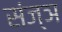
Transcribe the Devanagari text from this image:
संज्ञ